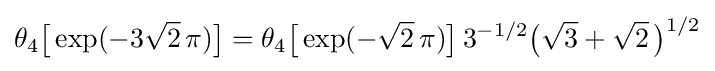
\theta _{4}{\bigl [}\exp(-3{\sqrt {2}}\,\pi ){\bigr ]}=\theta _{4}{\bigl [}\exp(-{\sqrt {2}}\,\pi ){\bigr ]}\,3^{-1/2}{\bigl (}{\sqrt {3}}+{\sqrt {2}}\,{\bigr )}^{1/2}